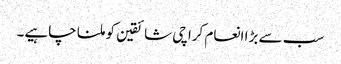
سب سے بڑا انعام کراچی شائقین کو ملنا چاہیے۔